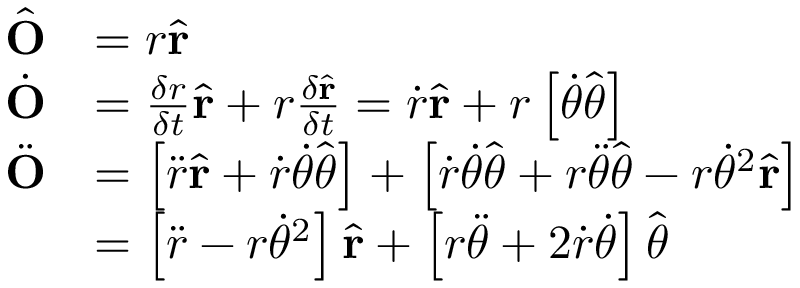
{ \begin{array} { r l } { { \hat { \mathbf { O } } } } & { = r { \hat { \mathbf { r } } } } \\ { { \dot { \mathbf { O } } } } & { = { \frac { \delta r } { \delta t } } { \hat { \mathbf { r } } } + r { \frac { \delta { \hat { \mathbf { r } } } } { \delta t } } = { \dot { r } } { \hat { \mathbf { r } } } + r \left[ { \dot { \theta } } { \hat { \boldsymbol { \theta } } } \right] } \\ { { \ddot { \mathbf { O } } } } & { = \left[ { \ddot { r } } { \hat { \mathbf { r } } } + { \dot { r } } { \dot { \theta } } { \hat { \boldsymbol { \theta } } } \right] + \left[ { \dot { r } } { \dot { \theta } } { \hat { \boldsymbol { \theta } } } + r { \ddot { \theta } } { \hat { \boldsymbol { \theta } } } - r { \dot { \theta } } ^ { 2 } { \hat { \mathbf { r } } } \right] } \\ & { = \left[ { \ddot { r } } - r { \dot { \theta } } ^ { 2 } \right] { \hat { \mathbf { r } } } + \left[ r { \ddot { \theta } } + 2 { \dot { r } } { \dot { \theta } } \right] { \hat { \boldsymbol { \theta } } } } \end{array} }